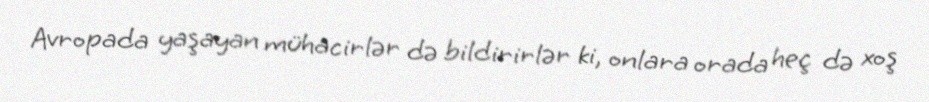
Avropada yaşayan mühacirlər də bildirirlər ki, onlara orada heç də xoş